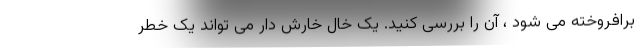
برافروخته می شود ، آن را بررسی کنید. یک خال خارش دار می تواند یک خطر